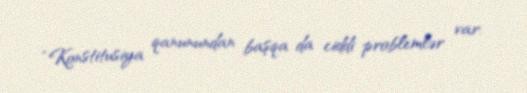
“Konstitusiya qanunundan başqa da ciddi problemlər var.